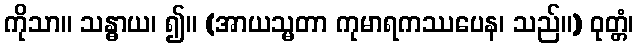
ကိုသာ။ သန္ဓာယ၊ ၍။ (အာယသ္မတာ ကုမာရကဿပေန၊ သည်။) ဝုတ္တံ၊